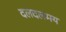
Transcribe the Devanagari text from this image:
दलदलमय